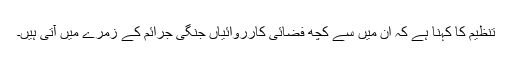
تنظیم کا کہنا ہے کہ ان میں سے کچھ فضائی کارروائیاں جنگی جرائم کے زمرے میں آتی ہیں۔